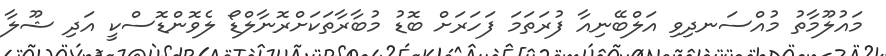
މައުލޫމާތު މުއްސަނދިވި އަލްބޭނިއާ ފުރަތަމަ ފަހަރަށް ބޮޑު މުބާރާތަކަށްރޮނާލްޑޯ ލެވޮންޑޮސްކީ އަދި ޝޫލާ